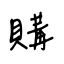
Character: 購